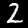
Label: 2